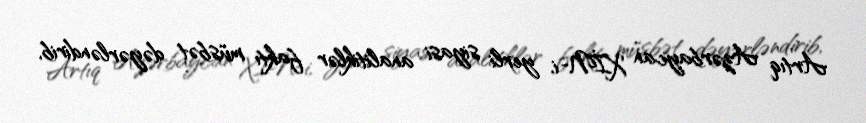
Artıq Azərbaycan XİN-i, yerli siyasi analitiklər faktı müsbət dəyərləndirib,